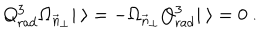
LaTeX: Q _ { \mathrm { r a d } } ^ { 3 } \Omega _ { \vec { n } _ { \bot } } | \ \rangle = - \Omega _ { \vec { n } _ { \bot } } Q _ { \mathrm { r a d } } ^ { 3 } | \ \rangle = 0 \ .